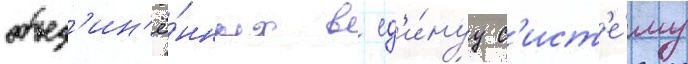
объед'ин'ё́нных в ед'и́нуу с'ист'е́му